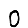
Digit: 0